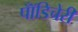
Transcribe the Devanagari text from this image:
पॉँडिचेरी